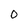
Character: 0